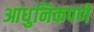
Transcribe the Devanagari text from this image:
आधुनिकपणे